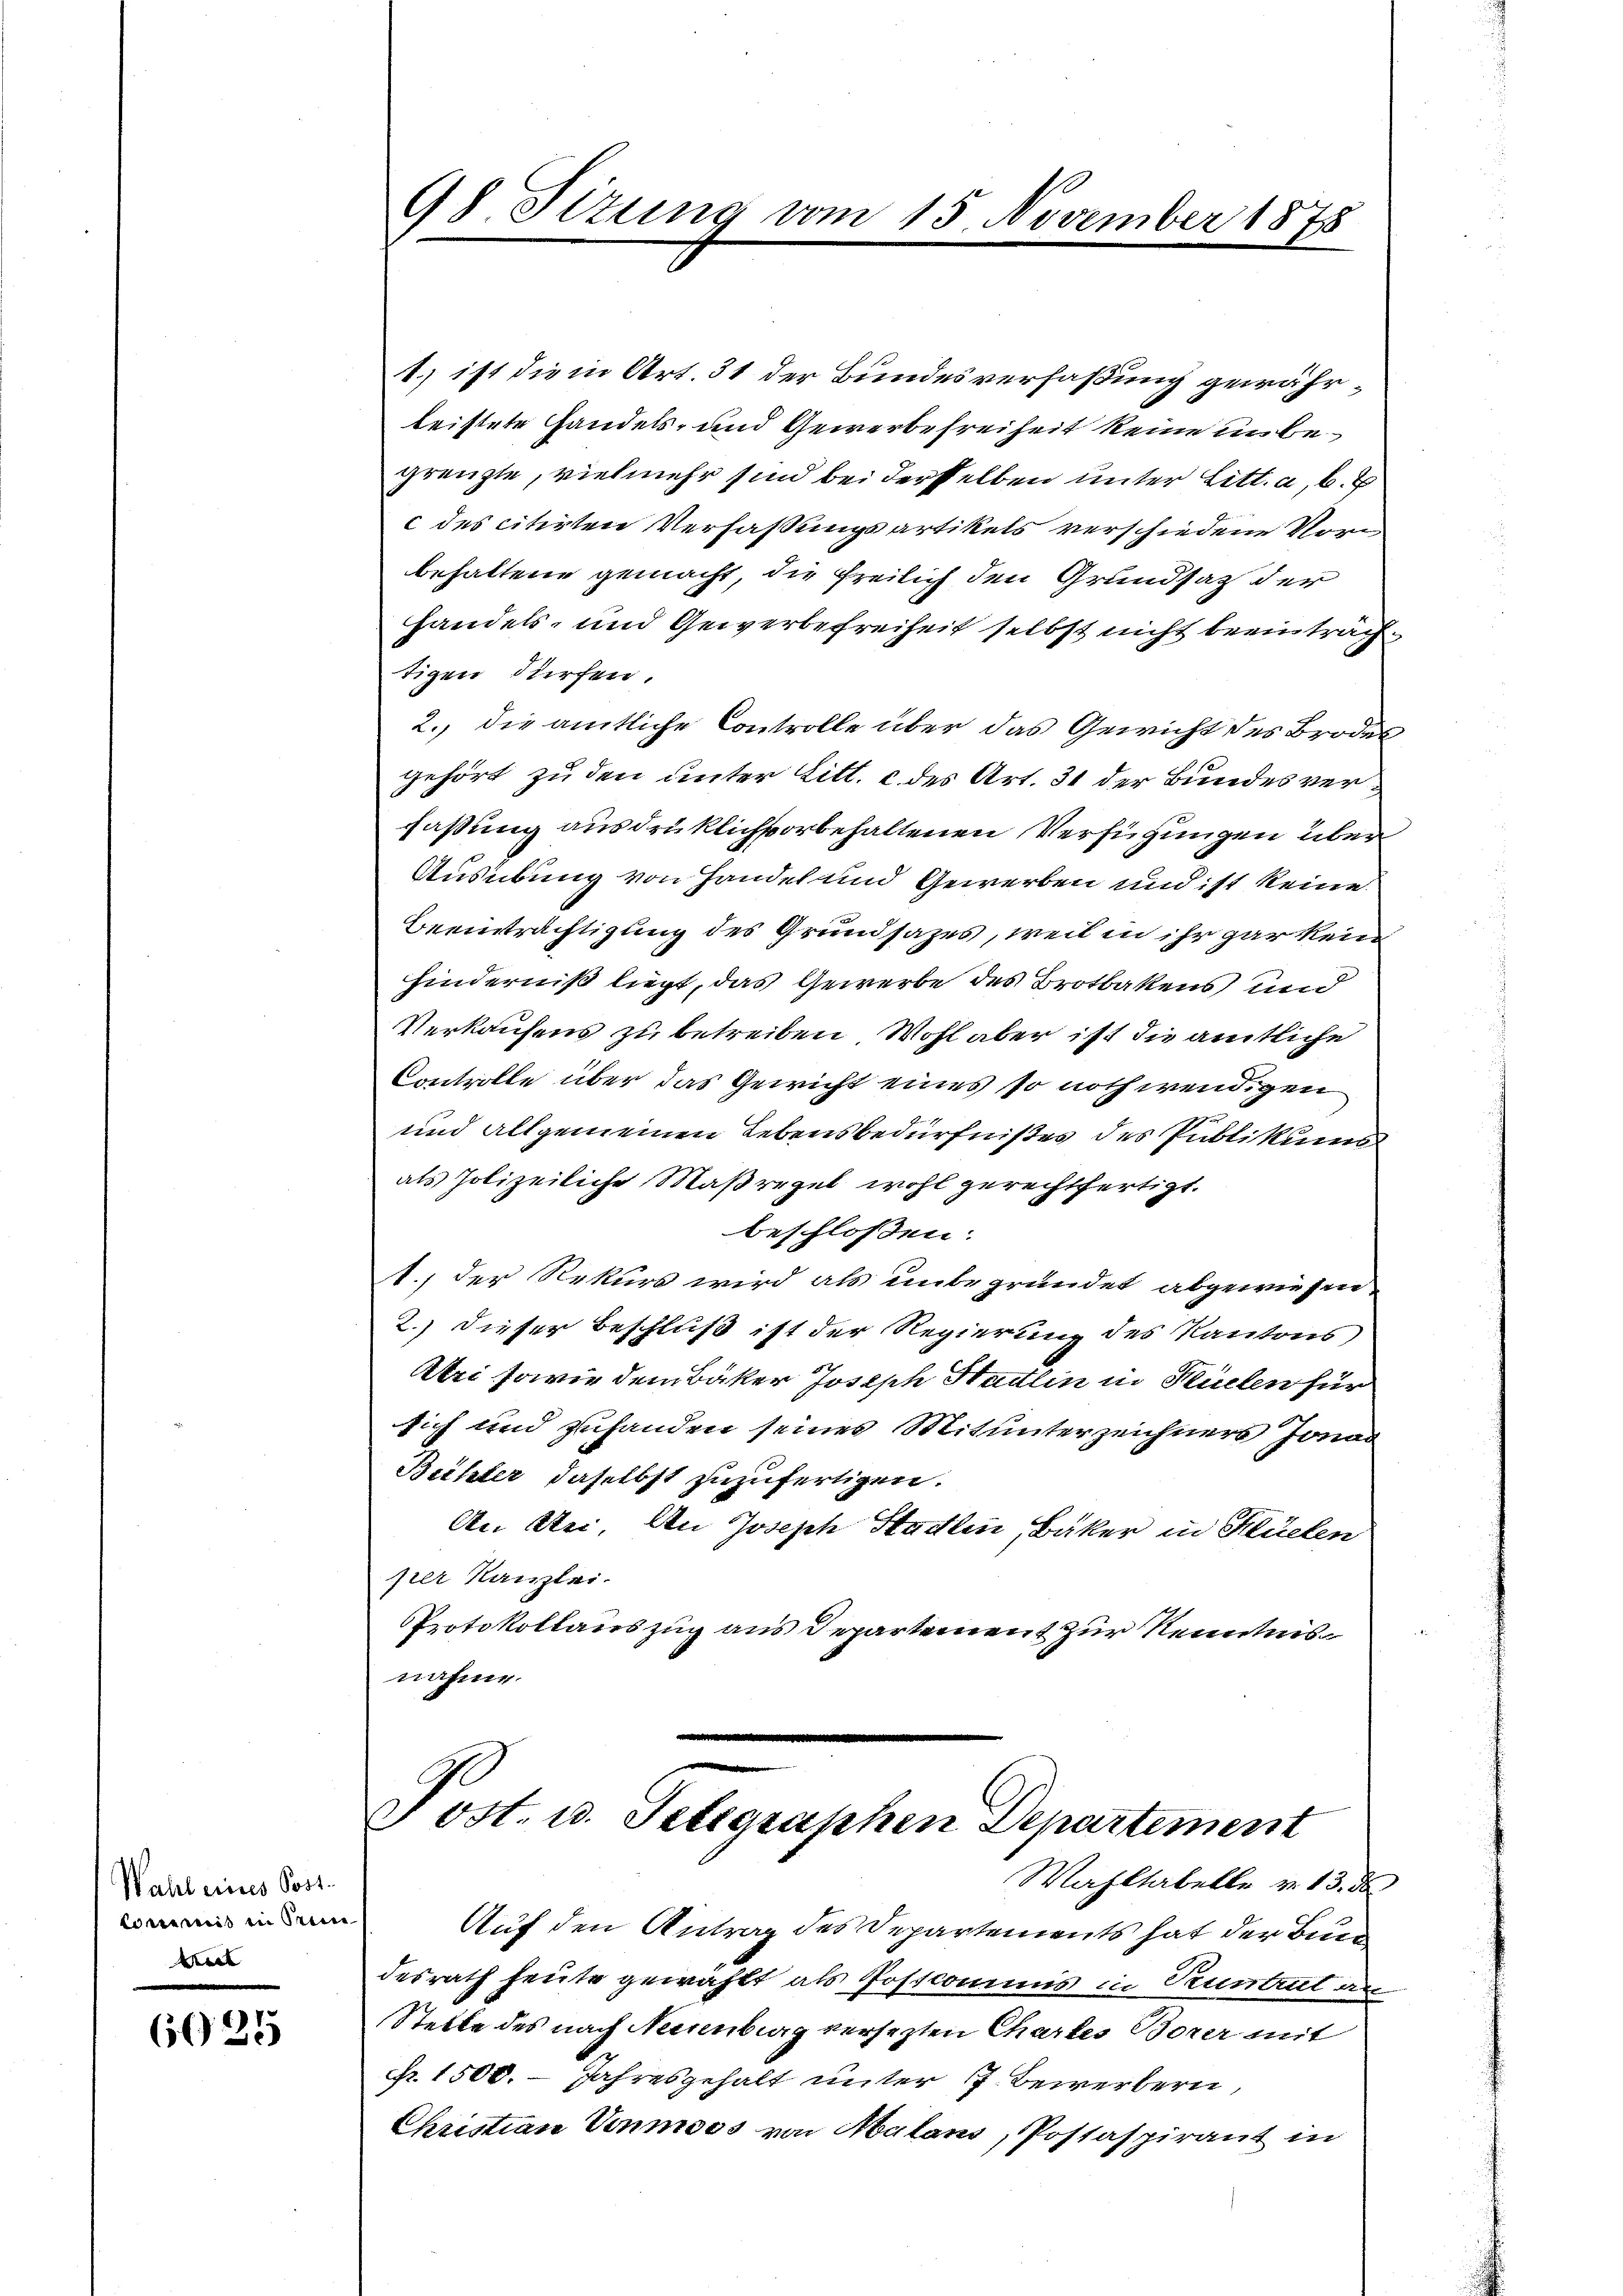
Wahl eines Post.
Conemis in Be
e

6025

98 Sitzung vom 15. November 1878

1.) ist die in Art. 31 der Bundesverfaßung gewährleistete Handels- und Gewerbefreiheit keine unbegrenzte, vielmehr sind bei derselben unter Litt. a, b.
c des citirten Verfaßungsartikels verschiedene Vorbehaltene gemacht, die Freilich den Grundsatz der
handels, und Gewerbefreiheit selbst nicht beeinträch
tigen dürfen.
2. die amtliche Controlle über das Gewicht des Brodes
gehört zu den unter Litt. c des Art. 31 der Bundes verfaßung ausdrüklich vorbehaltenen Verfügungen über
Ausübung von Handel und Gewerben und ist keine
Beeinträchtigung des Grundsazes, weil in ihr gar kein
hinderniß liegt, das Gewerbe des Brotbakens und
Verkaufens zu betreiben Wohl aber ist die amtliche
Controlle über das Gewicht eines so nothwendigen
und allgemeinen Lebensbedürfnißes des Publikums
als Polizeiliche Maßregel wohl gerechtfertigt.
beschloßen:
1., der Rekurs wird als unbegründet abgewiesen
2.) Dieser Beschluß ist der Regierung des Kantons,
Atri sowie dem Bäker Joseph Stadlin in Küelen für
sich und zuhanden seines Mitunterzeichners Jona
Bichter daselbst zuzufertigen.
An Stei. An Joseph Stadlin, Bäker in Klüelen
per Kanzlei.
Protokollauszug aus Departement zur Kenntnis
nahme.

Post. u. Telegraphen Departement
Wahltabelle v. 13. d.

Auf den Antrag des Departements hat der Bund
desrath heute gewählt als Postcommis in Pruntrut an
Stelle des nach Neuenburg versezten Chartes Borer mit
Nr. 1500. Jahresgehalt unter 17 Bewerbern,
Christian Vonmoos von Abalans, Postaspirant in